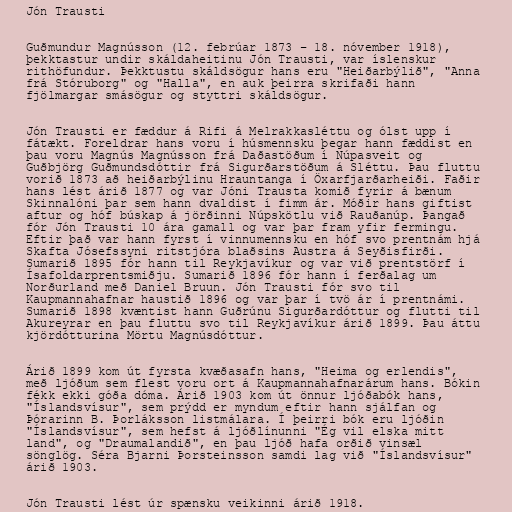
Jón Trausti

Guðmundur Magnússon (12. febrúar 1873 – 18. nóvember 1918),
þekktastur undir skáldaheitinu Jón Trausti, var íslenskur
rithöfundur. Þekktustu skáldsögur hans eru "Heiðarbýlið", "Anna
frá Stóruborg" og "Halla", en auk þeirra skrifaði hann
fjölmargar smásögur og styttri skáldsögur.

Jón Trausti er fæddur á Rifi á Melrakkasléttu og ólst upp í
fátækt. Foreldrar hans voru í húsmennsku þegar hann fæddist en
þau voru Magnús Magnússon frá Daðastöðum í Núpasveit og
Guðbjörg Guðmundsdóttir frá Sigurðarstöðum á Sléttu. Þau fluttu
vorið 1873 að heiðarbýlinu Hrauntanga í Öxarfjarðarheiði. Faðir
hans lést árið 1877 og var Jóni Trausta komið fyrir á bænum
Skinnalóni þar sem hann dvaldist í fimm ár. Móðir hans giftist
aftur og hóf búskap á jörðinni Núpskötlu við Rauðanúp. Þangað
fór Jón Trausti 10 ára gamall og var þar fram yfir fermingu.
Eftir það var hann fyrst í vinnumennsku en hóf svo prentnám hjá
Skafta Jósefssyni ritstjóra blaðsins Austra á Seyðisfirði.
Sumarið 1895 fór hann til Reykjavíkur og var við prentstörf í
Ísafoldarprentsmiðju. Sumarið 1896 fór hann í ferðalag um
Norðurland með Daniel Bruun. Jón Trausti fór svo til
Kaupmannahafnar haustið 1896 og var þar í tvö ár í prentnámi.
Sumarið 1898 kvæntist hann Guðrúnu Sigurðardóttur og flutti til
Akureyrar en þau fluttu svo til Reykjavíkur árið 1899. Þau áttu
kjördótturina Mörtu Magnúsdóttur.

Árið 1899 kom út fyrsta kvæðasafn hans, "Heima og erlendis",
með ljóðum sem flest voru ort á Kaupmannahafnarárum hans. Bókin
fékk ekki góða dóma. Árið 1903 kom út önnur ljóðabók hans,
"Íslandsvísur", sem prýdd er myndum eftir hann sjálfan og
Þórarinn B. Þorláksson listmálara. Í þeirri bók eru ljóðin
"Íslandsvísur", sem hefst á ljóðlínunni "Ég vil elska mitt
land", og "Draumalandið", en þau ljóð hafa orðið vinsæl
sönglög. Séra Bjarni Þorsteinsson samdi lag við "Íslandsvísur"
árið 1903.

Jón Trausti lést úr spænsku veikinni árið 1918.